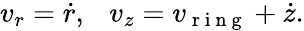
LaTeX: v_{r}=\dot{r},\ \ \ v_{z}=v_{\mathrm{~r~i~n~g~}}+\dot{z}.